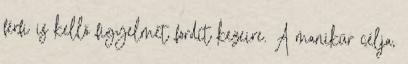
férfi is kellő figyelmet fordít kezeire. A manikűr célja,